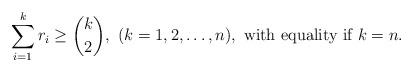
LaTeX: \begin{align*}\sum_{i=1}^k r_i\ge {k\choose {2}},\ (k=1,2,\ldots,n), \mbox{ with equality if $k=n$}.\end{align*}